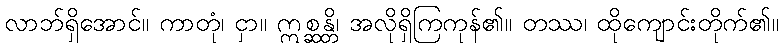
လာဘ်ရှိအောင်။ ကာတုံ၊ ငှာ။ ဣစ္ဆန္တိ၊ အလိုရှိကြကုန်၏။ တဿ၊ ထိုကျောင်းတိုက်၏။